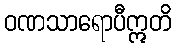
ဝဏသာရောပီဣတိ